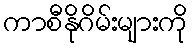
ကာစီနိုဂိမ်းများကို